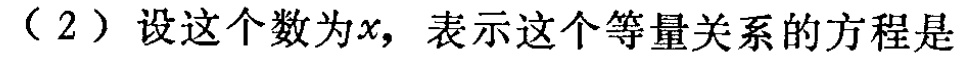
（2）设这个数为\(x\)，表示这个等量关系的方程是